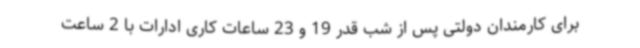
برای کارمندان دولتی پس از شب قدر 19 و 23 ساعات کاری ادارات با 2 ساعت